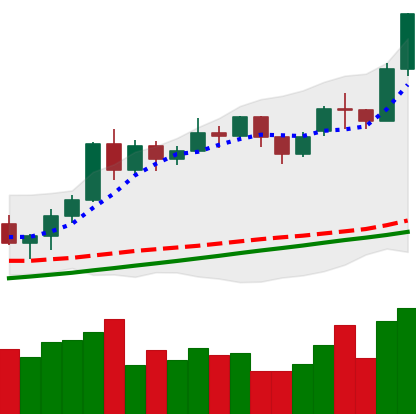
Ticker: ETH-USD
Chart end date: 2020-11-21
Forward return: -5.584%
Label: down_5_7